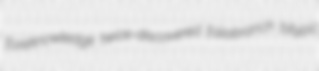
foreknowledge twice-discovered foliobranch bitypic